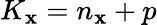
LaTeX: K_{\mathbf{x}}=n_{\mathbf{x}}+p